Civil Veterinary Department. Central Provinces & Berar 1925-31 - 1925-1931
Year: 1925
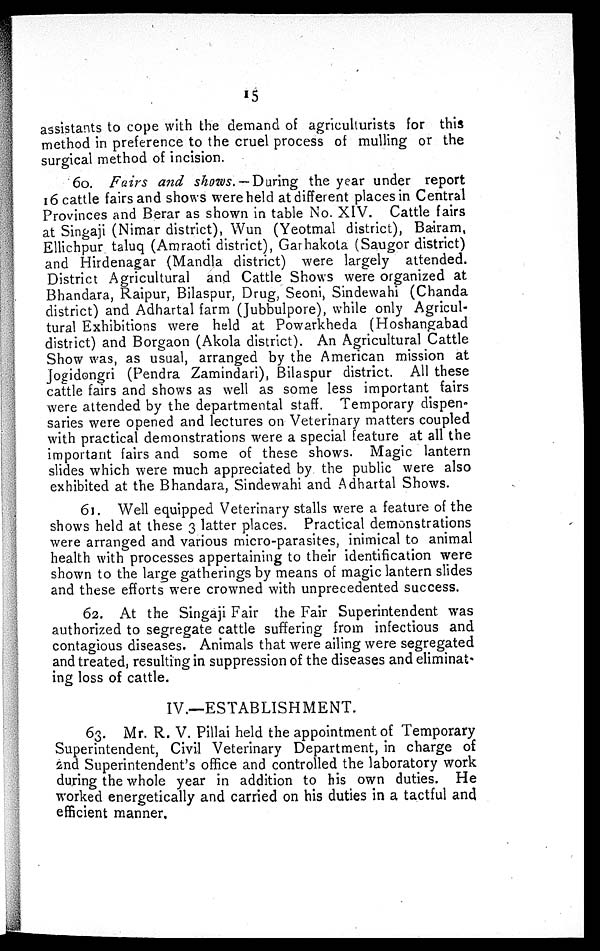
15
assistants to cope with the demand of agriculturists for this
method in preference to the cruel process of mulling or the
surgical method of incision.
60. Fairs and shows.—During the year under report
16 cattle fairs and shows were held at different places in Central
Provinces and Berar as shown in table No. XIV. Cattle fairs
at Singaji (Nimar district), Wun (Yeotmal district), Bairam,
Ellichpur taluq (Amraoti district), Garhakota (Saugor district)
and Hirdenagar (Mandla district) were largely attended.
District Agricultural and Cattle Shows were organized at
Bhandara, Raipur, Bilaspur, Drug, Seoni, Sindewahi (Chanda
district) and Adhartal farm (Jubbulpore), while only Agricul-
tural Exhibitions were held at Powarkheda (Hoshangabad
district) and Borgaon (Akola district). An Agricultural Cattle
Show was, as usual, arranged by the American mission at
Jogidongri (Pendra Zamindari), Bilaspur district. All these
cattle fairs and shows as well as some less important fairs
were attended by the departmental staff. Temporary dispen-
saries were opened and lectures on Veterinary matters coupled
with practical demonstrations were a special feature at all the
important fairs and some of these shows. Magic lantern
slides which were much appreciated by the public were also
exhibited at the Bhandara, Sindewahi and Adhartal Shows.
61. Well equipped Veterinary stalls were a feature of the
shows held at these 3 latter places. Practical demonstrations
were arranged and various micro-parasites, inimical to animal
health with processes appertaining to their identification were
shown to the large gatherings by means of magic lantern slides
and these efforts were crowned with unprecedented success.
62. At the Singaji Fair the Fair Superintendent was
authorized to segregate cattle suffering from infectious and
contagious diseases. Animals that were ailing were segregated
and treated, resulting in suppression of the diseases and eliminat-
ing loss of cattle.
IV.—ESTABLISHMENT.
63. Mr. R. V. Pillai held the appointment of Temporary
Superintendent, Civil Veterinary Department, in charge of
2nd Superintendent's office and controlled the laboratory work
during the whole year in addition to his own duties. He
worked energetically and carried on his duties in a tactful and
efficient manner.